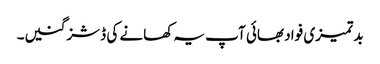
بد تمیزی فواد بھائی آپ یہ کھانے کی ڈشز گنیں۔